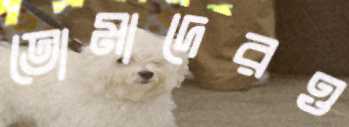
তোমাদেরও